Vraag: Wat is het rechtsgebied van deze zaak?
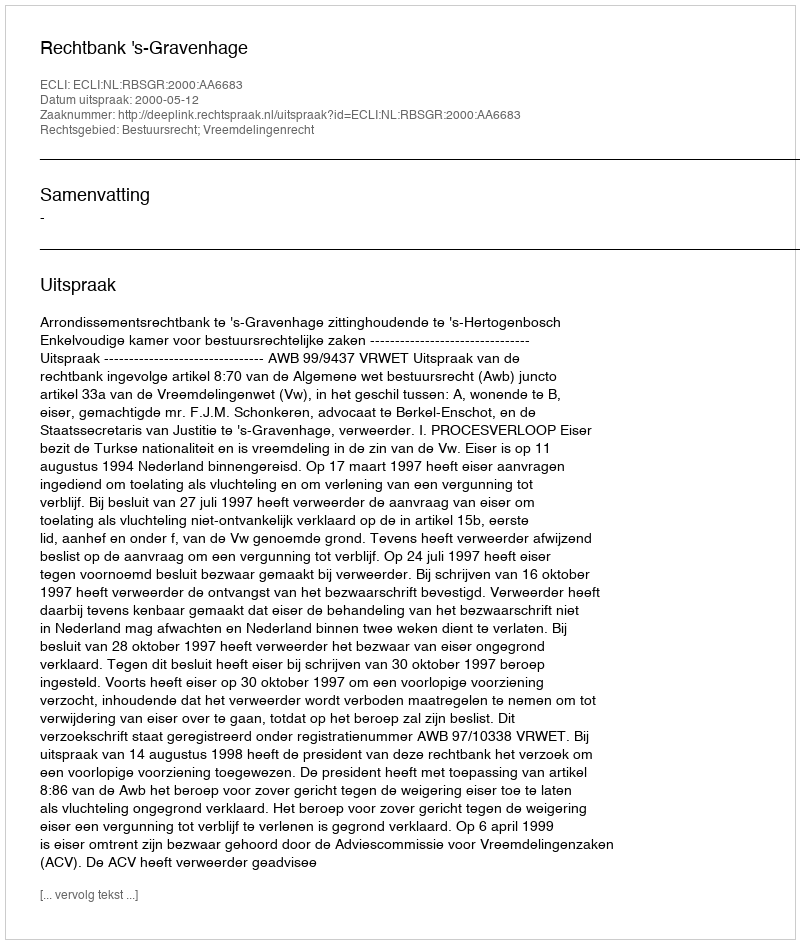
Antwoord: Bestuursrecht; Vreemdelingenrecht